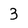
Character: 3